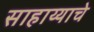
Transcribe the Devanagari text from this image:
साहाय्याचे